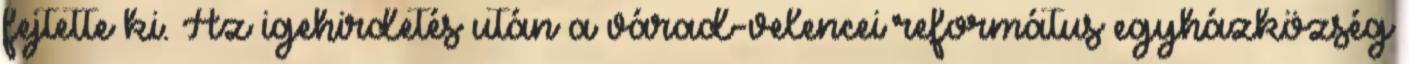
fejtette ki. Az igehirdetés után a várad-velencei református egyházközség